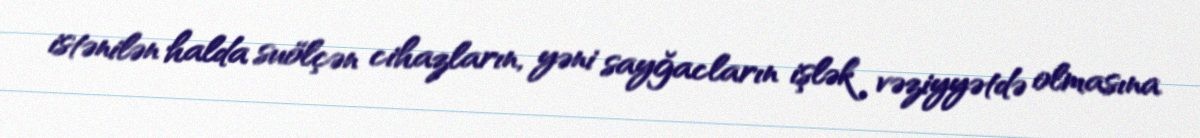
istənilən halda suölçən cihazların, yəni sayğacların işlək vəziyyətdə olmasına